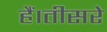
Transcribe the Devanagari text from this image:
हैं।तीसरे